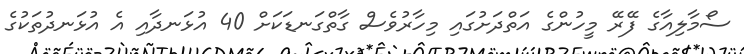
ސޯމާލިއާގެ ފޭރޭ މީހުންގެ އަތްދަށުގައި މިހާރުވެސް ގާތްގަނޑަކަށް 40 އުޅަނދާއި އެ އުޅަނދުތަކުގެ